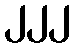
၂၂၂